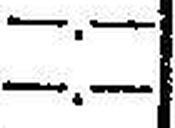
—.—